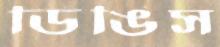
ডিঙিস